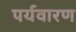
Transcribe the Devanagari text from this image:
पर्यवारण